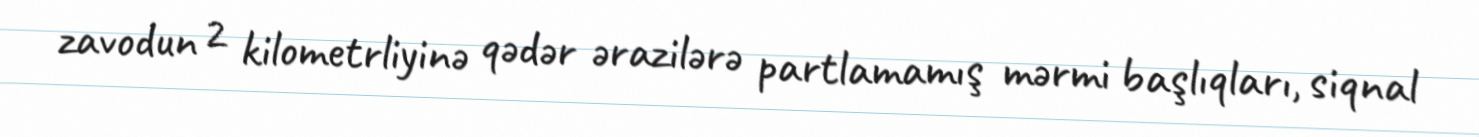
zavodun 2 kilometrliyinə qədər ərazilərə partlamamış mərmi başlıqları, siqnal